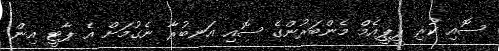
ސޮއި ކުރި ޕީޕީއެމް މެންބަރުންގެ ސޮއި އަނބުރާ ނެގުމަށް އެ ޕާޓީ އިން